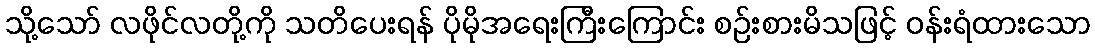
သို့သော် လဖိုင်လတို့ကို သတိပေးရန် ပိုမိုအရေးကြီးကြောင်း စဉ်းစားမိသဖြင့် ဝန်းရံထားသော